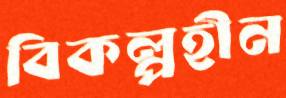
বিকল্পহীন